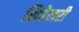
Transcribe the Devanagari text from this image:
शिवेलरी